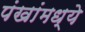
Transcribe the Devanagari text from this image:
पंखांमध्ये